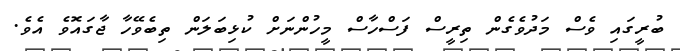
ބުރީގައި ވެސް މަދުވެގެން ތިރީސް ފަސްހާސް މީހުންނަށް ކުޅިބަލަން ތިބެވޭހާ ޖާގައޮވެ އެވެ.